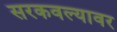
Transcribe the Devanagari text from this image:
सरकवल्यावर